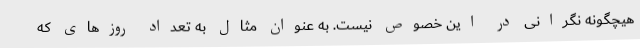
هیچگونه نگرانی در این خصوص نیست. به عنوان مثال به تعداد روزهای که